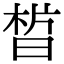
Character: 𣇮